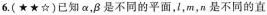
6.(★★☆)已知\alpha, \beta 是不同的平面.l，m，n是不同的直